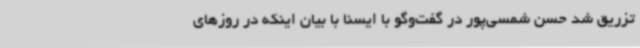
تزریق شد حسن شمسی‌پور در گفت‌وگو با ایسنا با بیان اینکه در روزهای